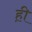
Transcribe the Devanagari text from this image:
ह़ी